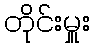
တိုင်းမှူး